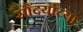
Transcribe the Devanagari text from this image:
सौंदर्याच्या